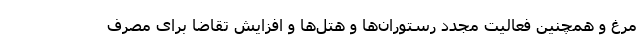
مرغ و همچنین فعالیت مجدد رستوران‌ها و هتل‌ها و افزایش تقاضا برای مصرف